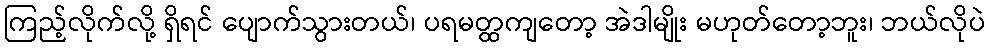
ကြည့်လိုက်လို့ ရှိရင် ပျောက်သွားတယ်၊ ပရမတ္ထကျတော့ အဲဒါမျိုး မဟုတ်တော့ဘူး၊ ဘယ်လိုပဲ